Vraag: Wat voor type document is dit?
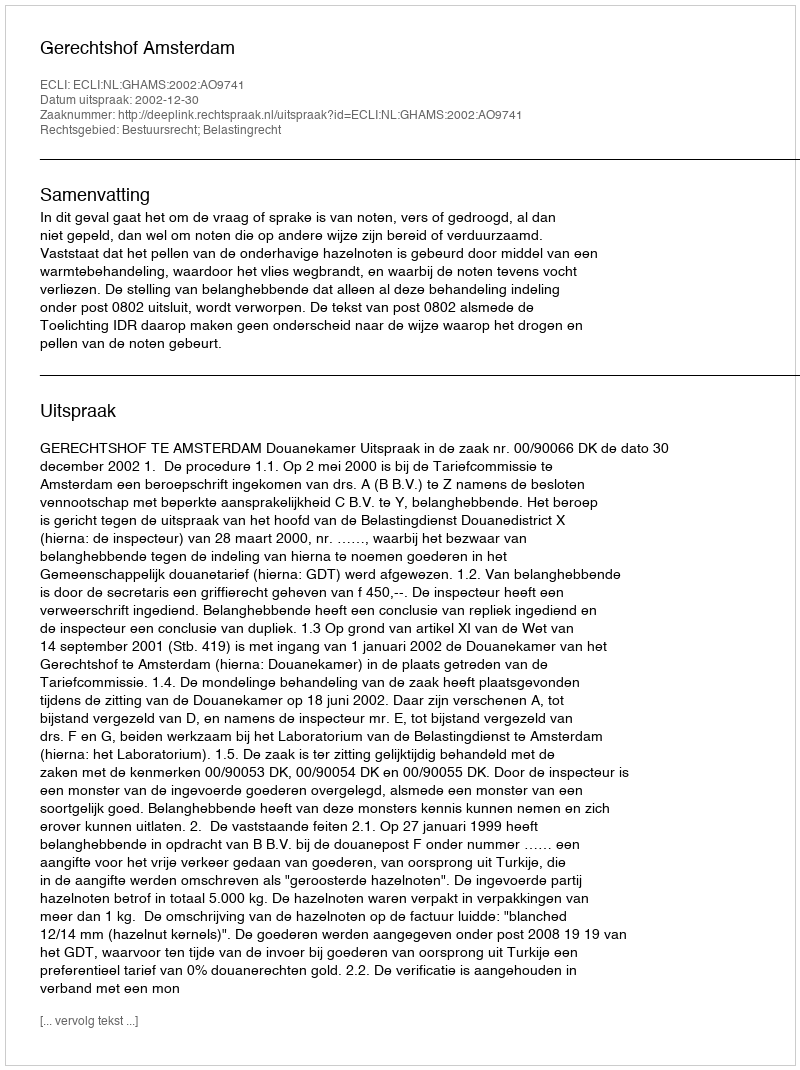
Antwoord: Uitspraak